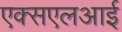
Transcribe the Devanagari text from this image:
एक्सएलआई